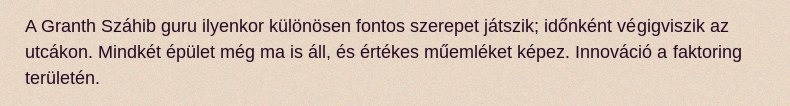
A Granth Száhib guru ilyenkor különösen fontos szerepet játszik; időnként végigviszik az utcákon. Mindkét épület még ma is áll, és értékes műemléket képez. Innováció a faktoring területén.